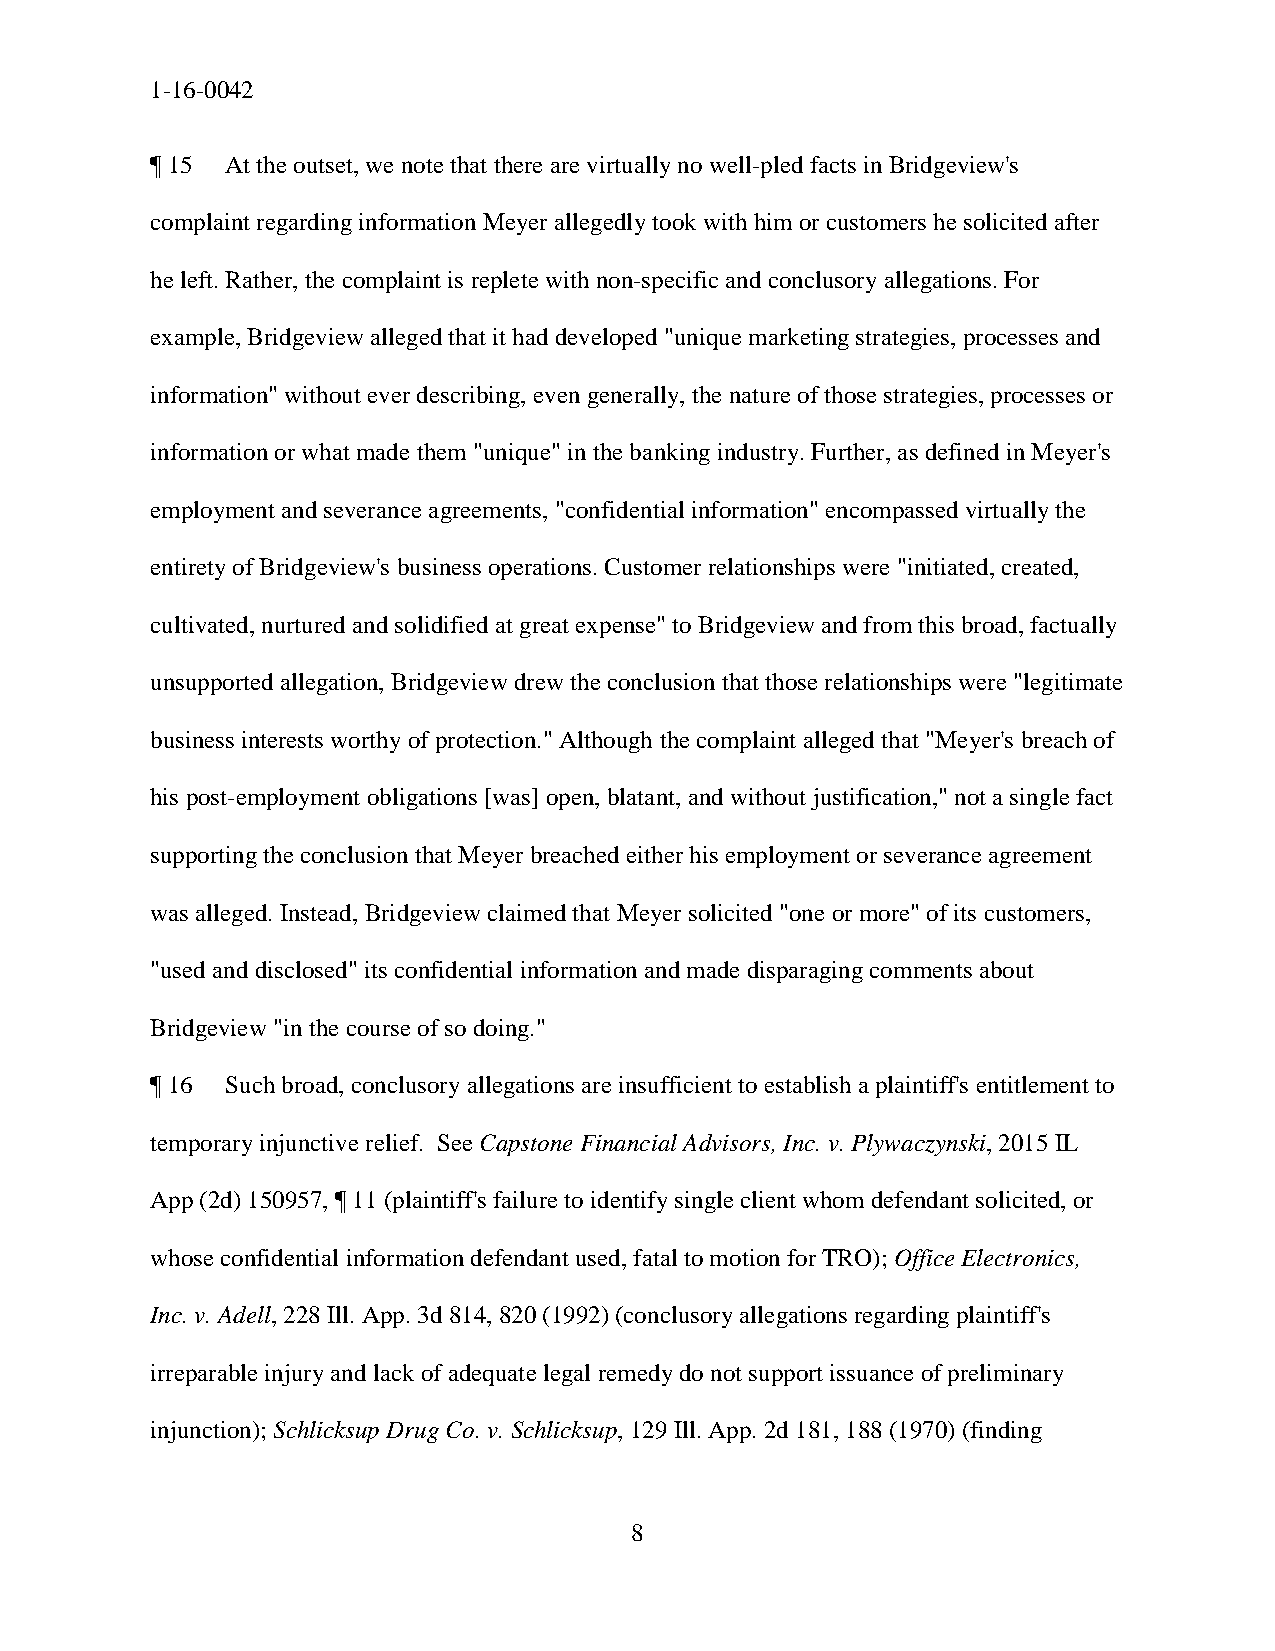
1-16-0042
 ¶ 15 At the outset, we note that there are virtually no well-pled facts in Bridgeview's
 complaint regarding information Meyer allegedly took with him or customers he solicited after
 he left. Rather, the complaint is replete with non-specific and conclusory allegations. For
 example, Bridgeview alleged that it had developed "unique marketing strategies, processes and
 information" without ever describing, even generally, the nature of those strategies, processes or
 information or what made them "unique" in the banking industry. Further, as defined in Meyer's
 employment and severance agreements, "confidential information" encompassed virtually the
 entirety of Bridgeview's business operations. Customer relationships were "initiated, created,
 cultivated, nurtured and solidified at great expense" to Bridgeview and from this broad, factually
 unsupported allegation, Bridgeview drew the conclusion that those relationships were "legitimate
 business interests worthy of protection." Although the complaint alleged that "Meyer's breach of
 his post-employment obligations [was] open, blatant, and without justification," not a single fact
 supporting the conclusion that Meyer breached either his employment or severance agreement
 was alleged. Instead, Bridgeview claimed that Meyer solicited "one or more" of its customers,
 "used and disclosed" its confidential information and made disparaging comments about
 Bridgeview "in the course of so doing."
 ¶ 16 Such broad, conclusory allegations are insufficient to establish a plaintiff's entitlement to
 temporary injunctive relief. See Capstone Financial Advisors, Inc. v. Plywaczynski, 2015 IL
 App (2d) 150957, ¶ 11 (plaintiff's failure to identify single client whom defendant solicited, or
 whose confidential information defendant used, fatal to motion for TRO); Office Electronics,
 Inc. v. Adell, 228 Ill. App. 3d 814, 820 (1992) (conclusory allegations regarding plaintiff's
 irreparable injury and lack of adequate legal remedy do not support issuance of preliminary
 injunction); Schlicksup Drug Co. v. Schlicksup, 129 Ill. App. 2d 181, 188 (1970) (finding
 8